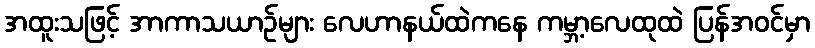
အထူးသဖြင့် အာကာသယာဉ်များ လေဟာနယ်ထဲကနေ ကမ္ဘာ့လေထုထဲ ပြန်အဝင်မှာ